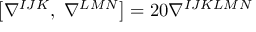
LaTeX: \left[ \nabla ^ { I J K } , \ \nabla ^ { L M N } \right] = 2 0 \nabla ^ { I J K L M N }